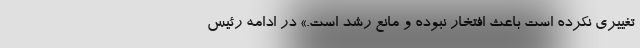
تغییری نکرده است باعث افتخار نبوده و مانع رشد است.» در ادامه رئیس